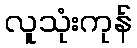
လူသုံးကုန်